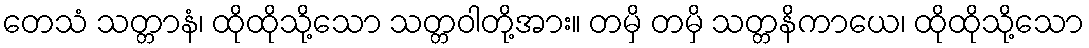
တေသံ သတ္တာနံ၊ ထိုထိုသို့သော သတ္တဝါတို့အား။ တမှိ တမှိ သတ္တနိကာယေ၊ ထိုထိုသို့သော